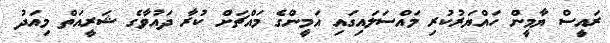
ރައީސް ޔާމީން ހައްޔަރުކުރި މައްސަލައިގައި އަމީންގެ މައްޗަށް ކުރާ ދައުވާގެ ޝަރީއަތް މިއަދު